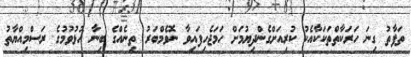
ތަފާތު ގިނަ ހަރަކާތްތަކަކާއެކު ކުރިއަށްގެންދިޔުމަށް ހަމަޖެހިފައިވާ ނޮވެމްބަރު ތިނެއްގެ ބިނާ ހުޅުވުމުގެ ރަސްމިއްޔާތު